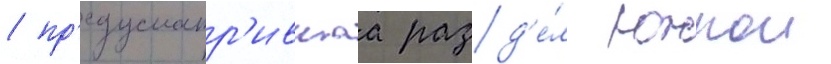
/ пр'едусматр'ившаа разд'е́л южнои